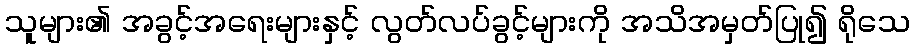
သူများ၏ အခွင့်အရေးများနှင့် လွတ်လပ်ခွင့်များကို အသိအမှတ်ပြု၍ ရိုသေ